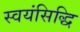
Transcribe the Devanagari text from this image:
स्वयंसिद्धि